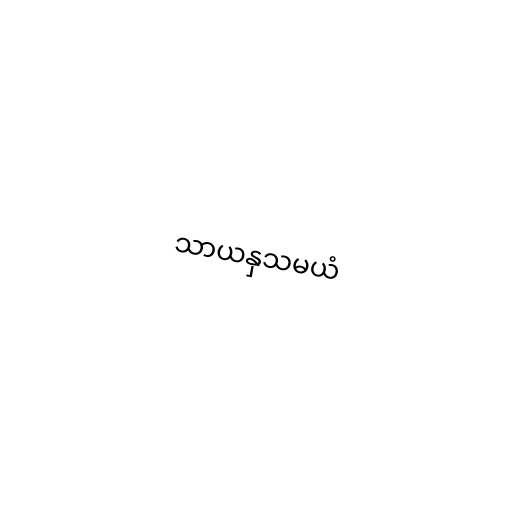
သာယနှသမယံ